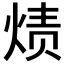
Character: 𮳭